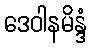
ဒေဝါနမိန္ဒံ